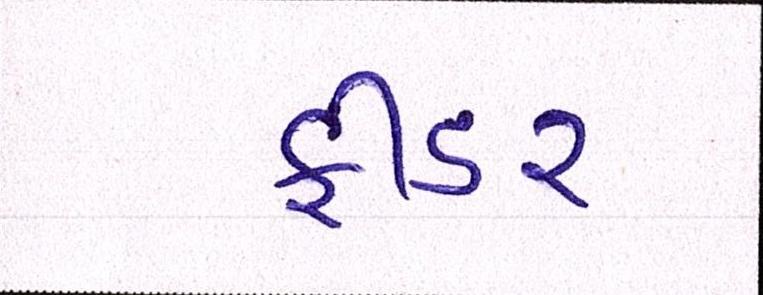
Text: ફીડર